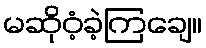
မဆိုဝံ့ခဲ့ကြချေ။